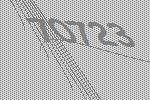
70723